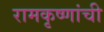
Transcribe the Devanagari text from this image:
रामकृष्णांची